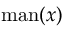
{ \mathrm { m a n } } ( x )